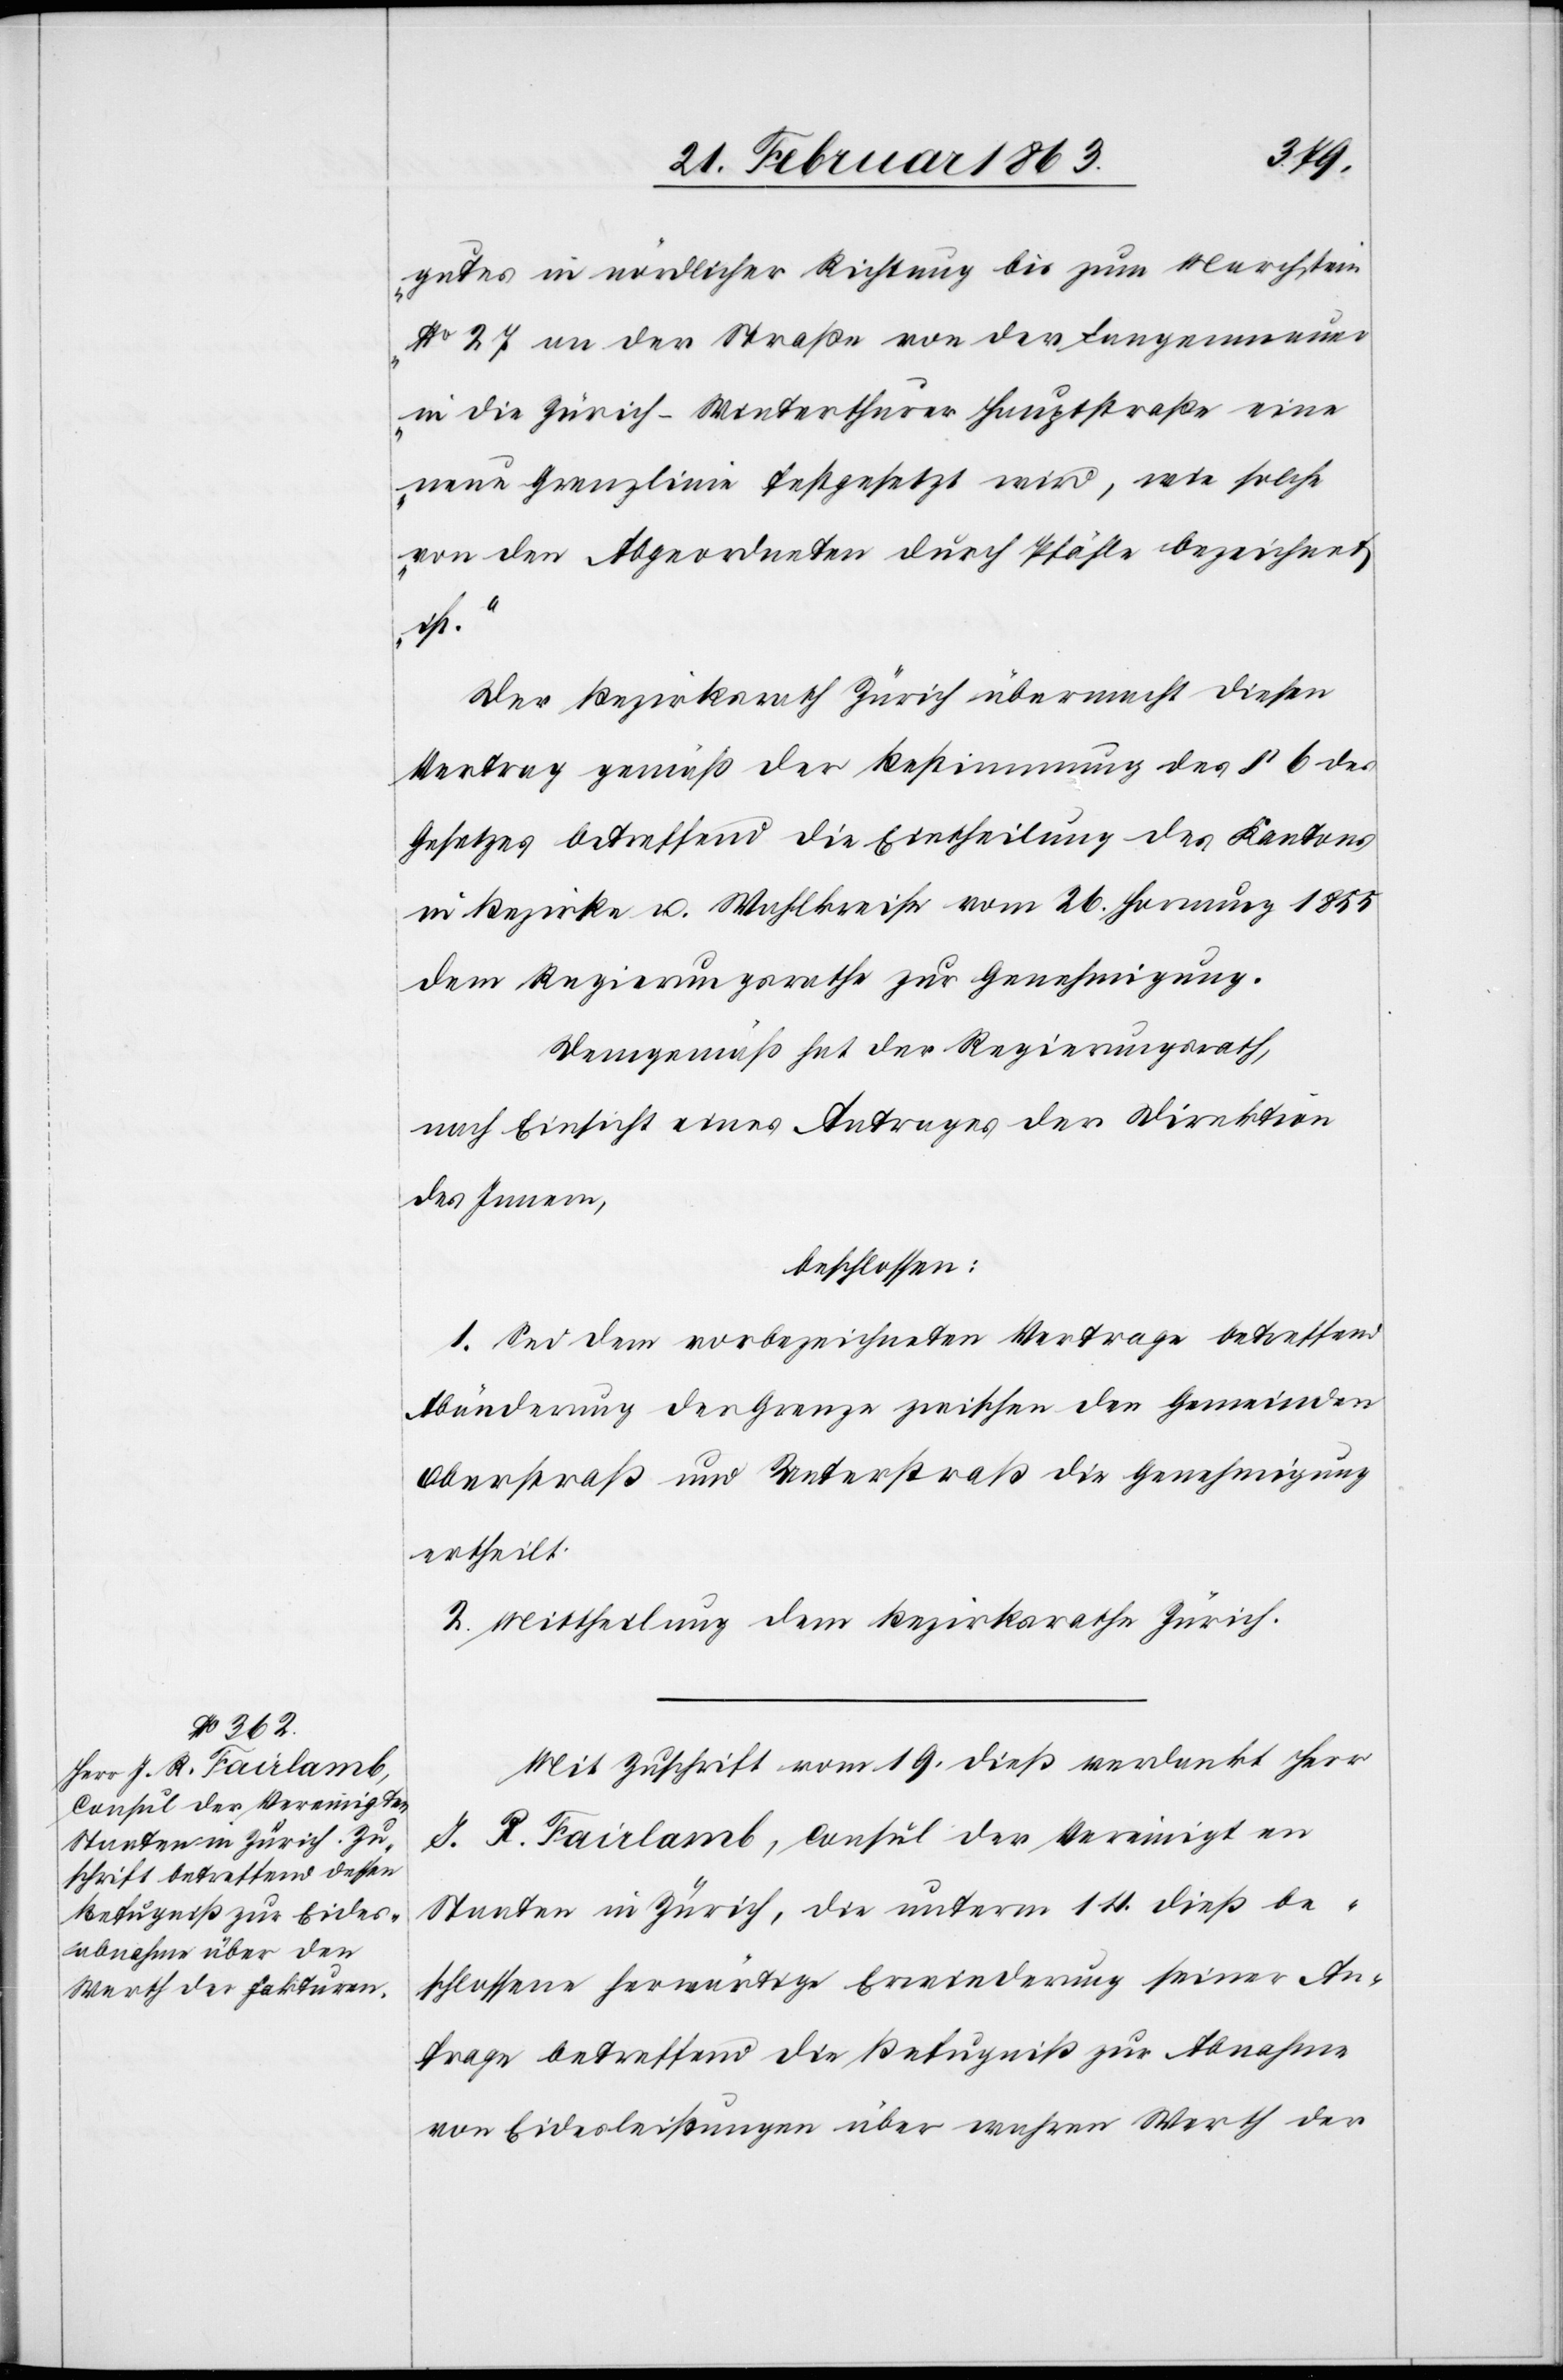
gutes in nördlicher Richtung bis zum Marchstein
No 27 an der Straße von der Langenmauer
in die Zürich–Winterthurer Hauptstraße eine
neue Grenzlinie festgesetzt wird, wie solche
von den Abgeordneten durch Pfähle bezeichnet
ist.“
Der Bezirksrath Zürich übermacht diesen
Vertrag gemäß der Bestimmung des § 6 des
Gesetzes betreffend die Eintheilung des Kantons
in Bezirke u. Wahlkreise vom 26. Hornung 1855
dem Regierungsrathe zur Genehmigung.
Demgemäß hat der Regierungsrath,
nach Einsicht eines Antrages der Direktion
des Innern,
beschlossen:
1. Sei dem vorbezeichneten Vertrage betreffend
Abänderung der Grenze zwischen den Gemeinden
Oberstraß und Unterstraß die Genehmigung
ertheilt.
2. Mittheilung dem Bezirksrath Zürich.
Mit Zuschrift vom 19. dieß verdankt Herr
J. R. Fairlamb, Consul der Vereinigten
Staaten in Zürich, die unterm 14. dieß be¬
schlossene herwärtige Erwiederung seiner An¬
frage betreffend die Befugniß zur Abnahme
von Eidesleistungen über wahren Werth der